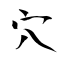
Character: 穴